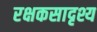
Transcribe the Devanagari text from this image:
रक्षकसादृश्य